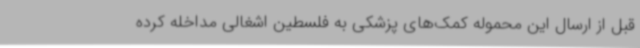
قبل از ارسال این محموله کمک‌های پزشکی به فلسطین اشغالی مداخله کرده